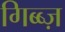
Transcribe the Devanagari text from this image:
गिब्ब्ज़